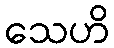
သေဟိ